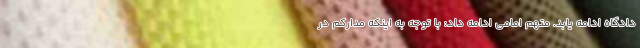
دادگاه ادامه یابد. متهم امامی ادامه داد: با توجه به اینکه مدارکم در